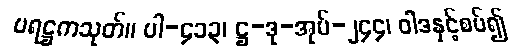
ပရဋ္ဌကသုတ်။ ပါ-၄၁၃၊ ဋ္ဌ-ဒု-အုပ်-၂၄၄၊ ဝါဒနှင့်စပ်၍